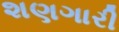
શણગારી